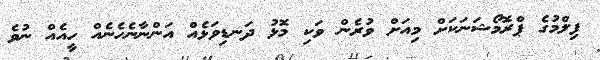
ފިލްމުގެ ޕްރޮމޯޝަނަކަށް މިއަށް ވުރެން ވަކި މޮޅު ދަނޑިވަޅެއް އަންނާނެހެނެއް ހީއެއް ނުވެ